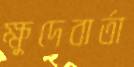
ক্ষুদেবার্তা